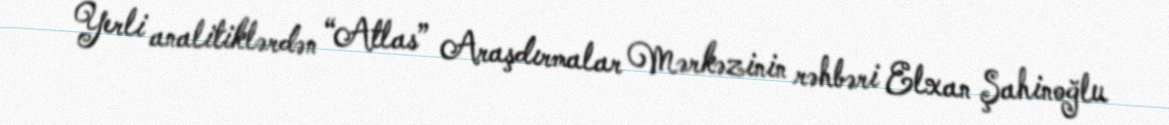
Yerli analitiklərdən “Atlas” Araşdırmalar Mərkəzinin rəhbəri Elxan Şahinoğlu